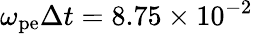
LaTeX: \omega_{\mathrm{pe}}\Delta t=8.75\times 10^{-2}